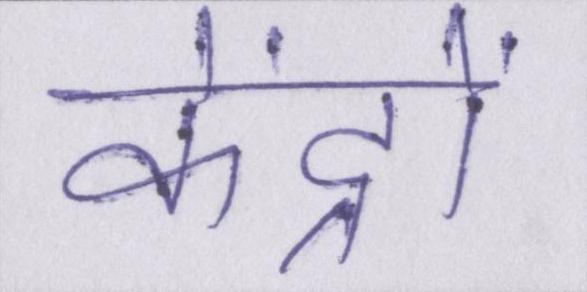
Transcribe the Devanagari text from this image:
केंद्रों